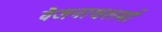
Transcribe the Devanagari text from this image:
वैजनाथशर्मा